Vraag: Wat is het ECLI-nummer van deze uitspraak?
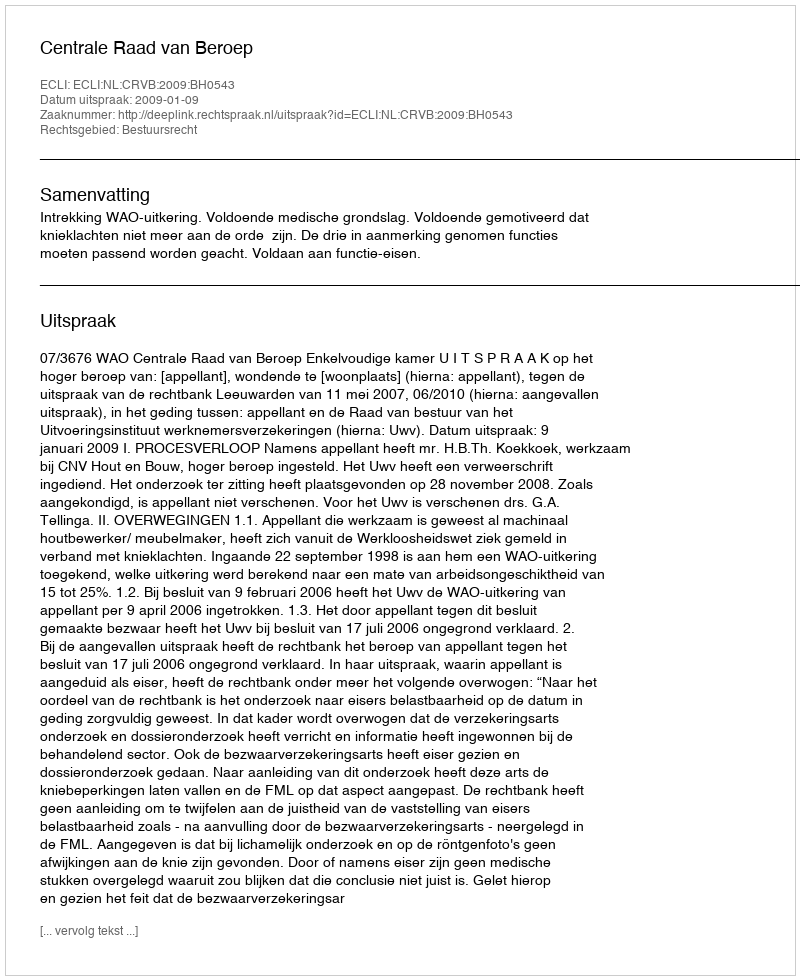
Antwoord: ECLI:NL:CRVB:2009:BH0543